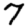
Digit: 7